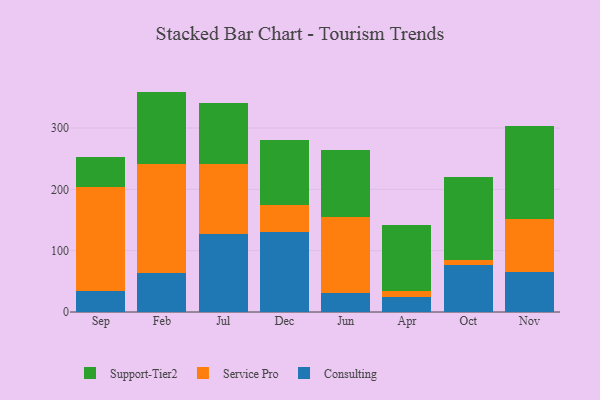
{"axis": {"x": "Month", "y": "Churn Rate (%)"}, "legend": ["Consulting", "Service Pro", "Support-Tier2"], "data": [{"x": "Sep", "y": 33.5, "type": "Consulting"}, {"x": "Sep", "y": 169.9, "type": "Service Pro"}, {"x": "Sep", "y": 49.9, "type": "Support-Tier2"}, {"x": "Feb", "y": 64.3, "type": "Consulting"}, {"x": "Feb", "y": 176.5, "type": "Service Pro"}, {"x": "Feb", "y": 118.6, "type": "Support-Tier2"}, {"x": "Jul", "y": 126.8, "type": "Consulting"}, {"x": "Jul", "y": 114.8, "type": "Service Pro"}, {"x": "Jul", "y": 99.5, "type": "Support-Tier2"}, {"x": "Dec", "y": 130.4, "type": "Consulting"}, {"x": "Dec", "y": 44.6, "type": "Service Pro"}, {"x": "Dec", "y": 104.7, "type": "Support-Tier2"}, {"x": "Jun", "y": 30.4, "type": "Consulting"}, {"x": "Jun", "y": 123.8, "type": "Service Pro"}, {"x": "Jun", "y": 109.8, "type": "Support-Tier2"}, {"x": "Apr", "y": 23.8, "type": "Consulting"}, {"x": "Apr", "y": 9.7, "type": "Service Pro"}, {"x": "Apr", "y": 108.4, "type": "Support-Tier2"}, {"x": "Oct", "y": 77.4, "type": "Consulting"}, {"x": "Oct", "y": 8.1, "type": "Service Pro"}, {"x": "Oct", "y": 135.1, "type": "Support-Tier2"}, {"x": "Nov", "y": 65.8, "type": "Consulting"}, {"x": "Nov", "y": 86.5, "type": "Service Pro"}, {"x": "Nov", "y": 150.3, "type": "Support-Tier2"}]}